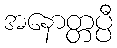
အနောတ္တပ္ပီ